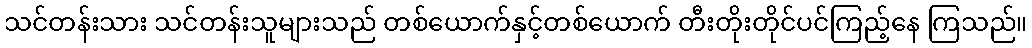
သင်တန်းသား သင်တန်းသူများသည် တစ်ယောက်နှင့်တစ်ယောက် တီးတိုးတိုင်ပင်ကြည့်နေ ကြသည်။